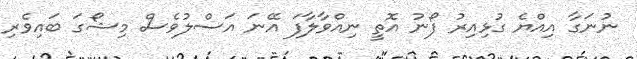
ނުނަގާ އިއްޔެ ގުޅިއިރު ފޯނު އޮތީ ނިއްވާލާފަ އޭނަ އަސްލުވެސް މިޝޯގަ ބައިވެރި